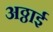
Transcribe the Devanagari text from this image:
अठ्ठाई